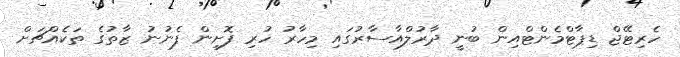
ހެރިޓޭޖް ޑިޕާޓްމެންޓްއިން ބުނީ ދާރުލްއާސާރުގައި މިހާރު ހުރި ފޮށިން ފެނުނު ޒާތުގެ ތަކެއްޗަށް